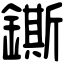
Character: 鐁